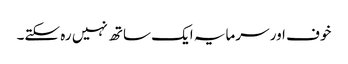
خوف اور سرمایہ ایک ساتھ نہیں رہ سکتے۔